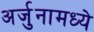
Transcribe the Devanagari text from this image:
अर्जुनामध्ये